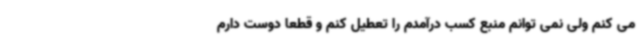
می کنم ولی نمی توانم منبع کسب درآمدم را تعطیل کنم و قطعا دوست دارم